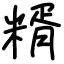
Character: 糈